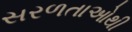
સરળતાઓથી